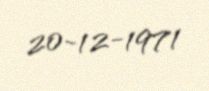
20-12-1971